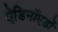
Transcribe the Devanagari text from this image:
ऐडिनॉएडों